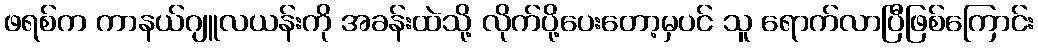
ဖရစ်က ကာနယ်ဂျူလယန်းကို အခန်းထဲသို့ လိုက်ပို့ပေးတော့မှပင် သူ ရောက်လာပြီဖြစ်ကြောင်း